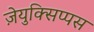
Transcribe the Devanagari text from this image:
ज़ेयुक्सिप्पस